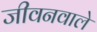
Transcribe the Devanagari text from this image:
जीवनवाले